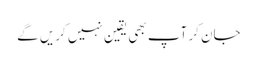
جان کر آپ بھی یقین نہیں کریں گے